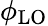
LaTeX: \phi_{\mathrm{LO}}